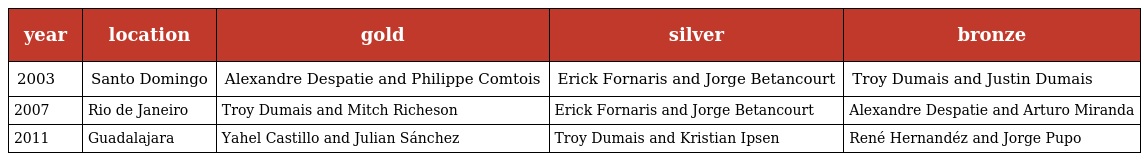
| year | location | gold | silver | bronze |
 | --- | --- | --- | --- | --- |
 | 2003 | Santo Domingo | Alexandre Despatie and Philippe Comtois | Erick Fornaris and Jorge Betancourt | Troy Dumais and Justin Dumais |
 | 2007 | Rio de Janeiro | Troy Dumais and Mitch Richeson | Erick Fornaris and Jorge Betancourt | Alexandre Despatie and Arturo Miranda |
 | 2011 | Guadalajara | Yahel Castillo and Julian Sánchez | Troy Dumais and Kristian Ipsen | René Hernandéz and Jorge Pupo |